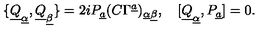
\{ \underline { Q } _ { \underline { \alpha } } , \underline { Q } _ { \underline { \beta } } \} = 2 i P _ { \underline { a } } ( C \Gamma ^ { \underline { a } } ) _ { \underline { \alpha } \underline { \beta } } , \quad [ \underline { Q } _ { \underline { \alpha } } , P _ { \underline { a } } ] = 0 .